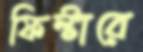
ফিল্টারে